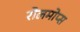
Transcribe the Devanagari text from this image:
रोलमोप्स